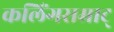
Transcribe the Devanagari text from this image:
कलिंगसम्राट्